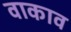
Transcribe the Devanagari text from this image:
वाकाव